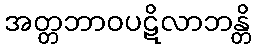
အတ္တဘာဝပဋိလာဘန္တိ